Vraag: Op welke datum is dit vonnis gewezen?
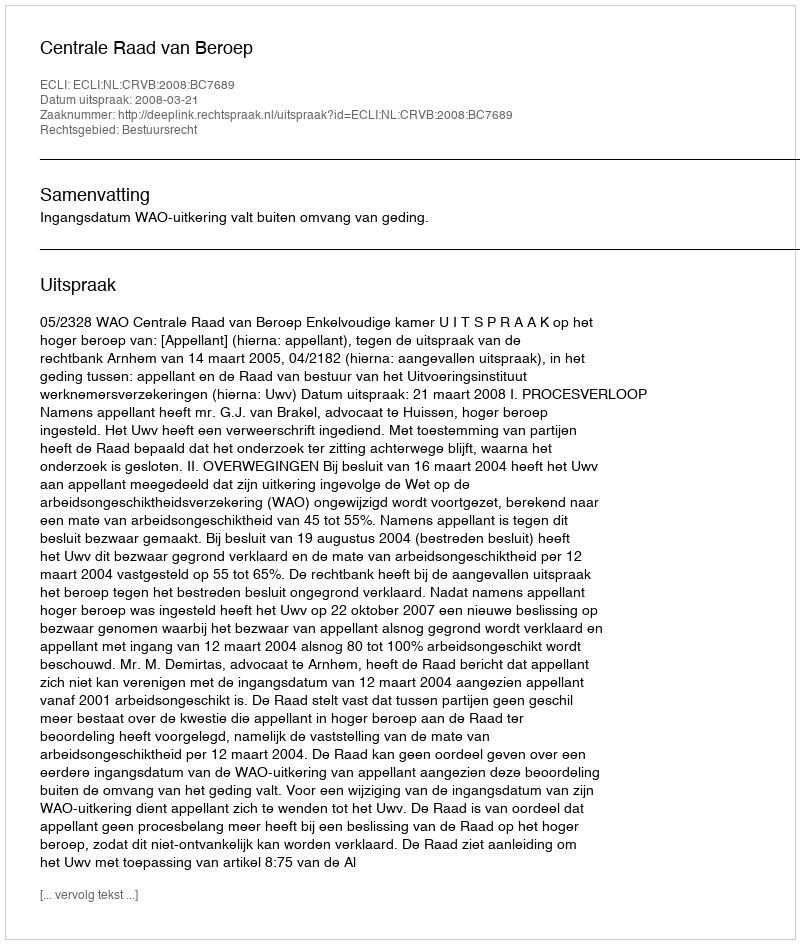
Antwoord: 2008-03-21